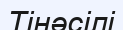
Тінәсілі